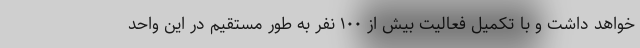
خواهد داشت و با تکمیل فعالیت بیش از ۱۰۰ نفر به طور مستقیم در این واحد